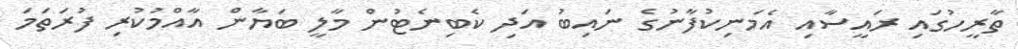
ތާރީހުގައި ރައީސާއި އެމަނިކުފާނުގެ ނައިބު އަދި ކެބިނެޓުން މާލީ ބަޔާން އާއްމުކުރި ފުރަތަމަ